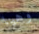
وهيا